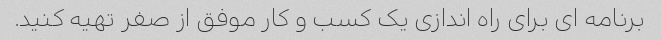
برنامه ای برای راه اندازی یک کسب و کار موفق از صفر تهیه کنید.